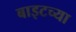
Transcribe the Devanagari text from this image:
बाइटच्या